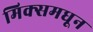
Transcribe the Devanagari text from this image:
मिक्समधून